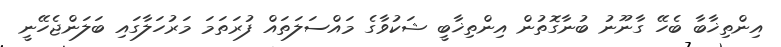
އިންތިޚާބާ ބެހޭ ގާނޫނު ބުނާގޮތުން އިންތިޚާބީ ޝަކުވާގެ މައްސަލަތައް ފުރަތަމަ މަރުހަލާގައި ބަލަންޖެހޭނީ